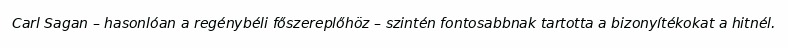
Carl Sagan – hasonlóan a regénybéli főszereplőhöz – szintén fontosabbnak tartotta a bizonyítékokat a hitnél.